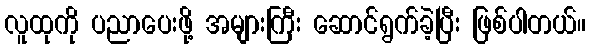
လူထုကို ပညာပေးဖို့ အများကြီး ဆောင်ရွက်ခဲ့ပြီး ဖြစ်ပါတယ်။